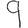
Digit: 9